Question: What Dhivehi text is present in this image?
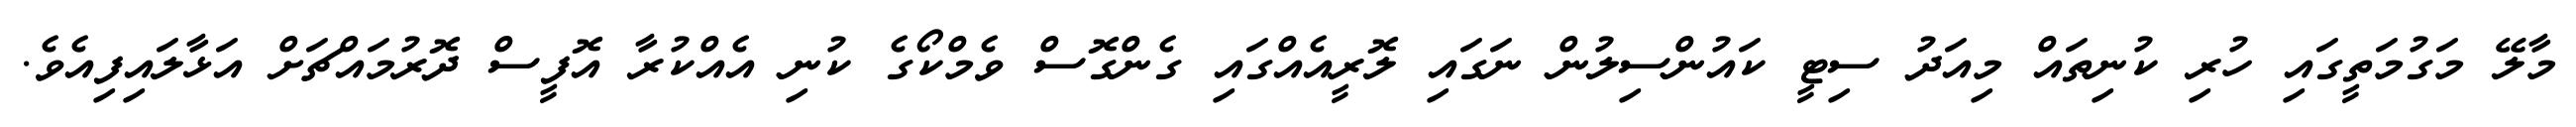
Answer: މާލޭ މަގުމަތީގައި ހުރި ކުނިތައް މިއަދު ސިޓީ ކައުންސިލުން ނަގައި ލޮރީއެއްގައި ގެންގޮސް ވެމްކޯގެ ކުނި އެއްކުރާ އޮފީސް ދޮރުމައްޗަށް އަޅާލައިފިއެވެ.